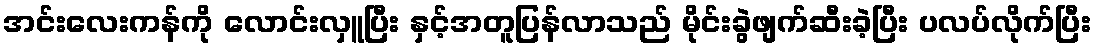
အင်းလေးကန်ကို လောင်းလှူပြီး နှင့်အတူပြန်လာသည် မိုင်းခွဲဖျက်ဆီးခဲ့ပြီး ပလပ်လိုက်ပြီး